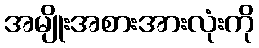
အမျိုးအစားအားလုံးကို